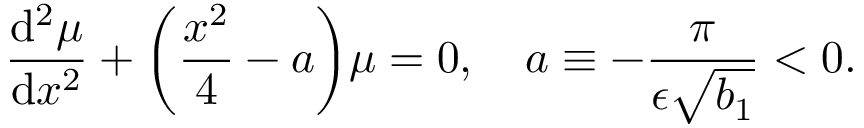
\frac { \mathrm { d } ^ { 2 } \mu } { \mathrm { d } x ^ { 2 } } + \biggl ( \frac { x ^ { 2 } } { 4 } - a \biggr ) \mu = 0 , \quad a \equiv - \frac { \pi } { \epsilon \sqrt { b _ { 1 } } } < 0 .